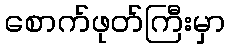
စောက်ဖုတ်ကြီးမှာ